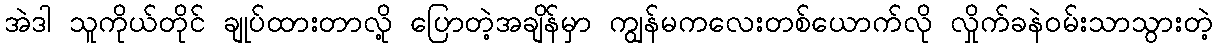
အဲဒါ သူကိုယ်တိုင် ချုပ်ထားတာလို့ ပြောတဲ့အချိန်မှာ ကျွန်မကလေးတစ်ယောက်လို လှိုက်ခနဲဝမ်းသာသွားတဲ့